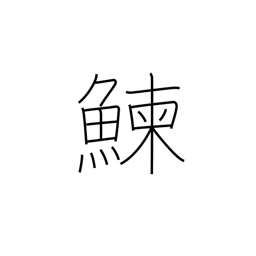
Meaning: herring